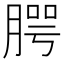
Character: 腭